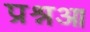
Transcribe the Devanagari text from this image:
प्रश्नआ